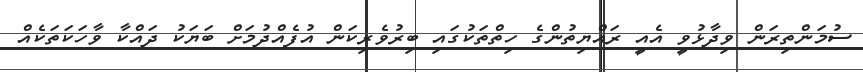
ސުމަންތިރަން ވިދާޅުވީ އެއީ ރައްޔިތުންގެ ހިތްތަކުގައި ބިރުވެރިކަން އުފެއްދުމަށް ބަޔަކު ދައްކާ ވާހަކަތަކެއް